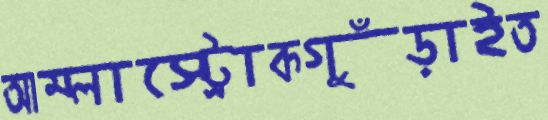
আম্লাস্ট্রোকগুঁড়াইত